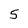
Character: 5